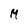
Character: M